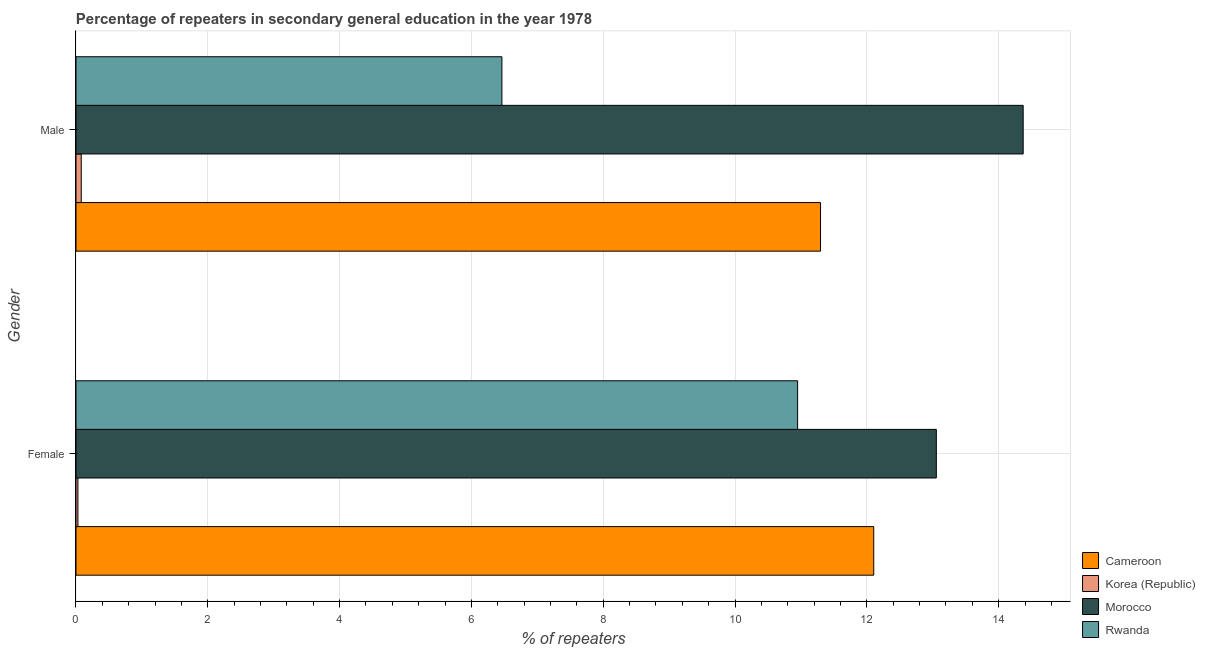
| Gender | Cameroon | Korea (Republic) | Morocco | Rwanda |
 | --- | --- | --- | --- | --- |
 | Female | 12.1 | 0.0292 | 13.1 | 10.9 |
 | Male | 11.3 | 0.0797 | 14.4 | 6.46 |